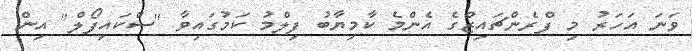
ވަނަ އަހަރު މި ފްރެންޗައިޒްގެ އެންމެ ކާމިޔާބު ފިލްމު ކަމުގައިވާ "ސްކައިފޯލް" އިން